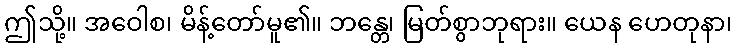
ဤသို့။ အဝေါစ၊ မိန့်တော်မူ၏။ ဘန္တေ၊ မြတ်စွာဘုရား။ ယေန ဟေတုနာ၊